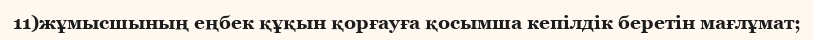
11)жұмысшының еңбек құқын қорғауға қосымша кепілдік беретін мағлұмат;